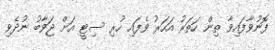
ފޮނުވާފައިވާ ތިން ހަތަރު އަހަރު ވެފައި ހުރި ސިޓީ އަށް ޖަވާބު ނުދެވި